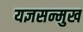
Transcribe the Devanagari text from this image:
यज्ञसन्मुख